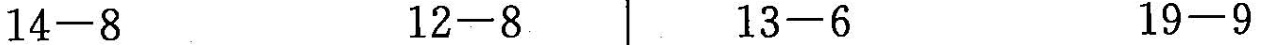
$$1 4 - 8$$ $$1 2 - 8$$ $$1 3 - 6$$ $$1 9 - 9$$